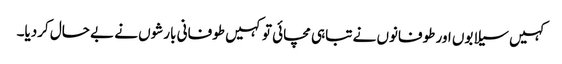
کہیں سیلابوں اور طوفانوں نے تباہی مچائی تو کہیں طوفانی بارشوں نے بے حال کردیا۔